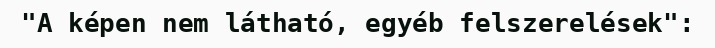
"A képen nem látható, egyéb felszerelések":